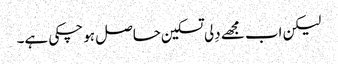
لیکن اب مجھے دِلی تسکین حاصل ہو چکی ہے۔